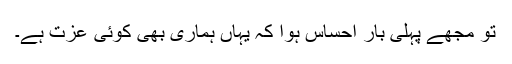
تو مجھے پہلی بار احساس ہوا کہ یہاں ہماری بھی کوئی عزت ہے۔